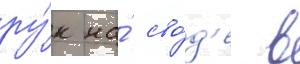
ру́к на́ сво́д'е в